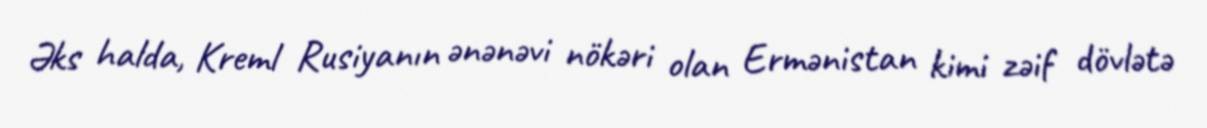
Əks halda, Kreml Rusiyanın ənənəvi nökəri olan Ermənistan kimi zəif dövlətə